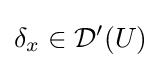
\delta _{x}\in {\mathcal {D}}'(U)